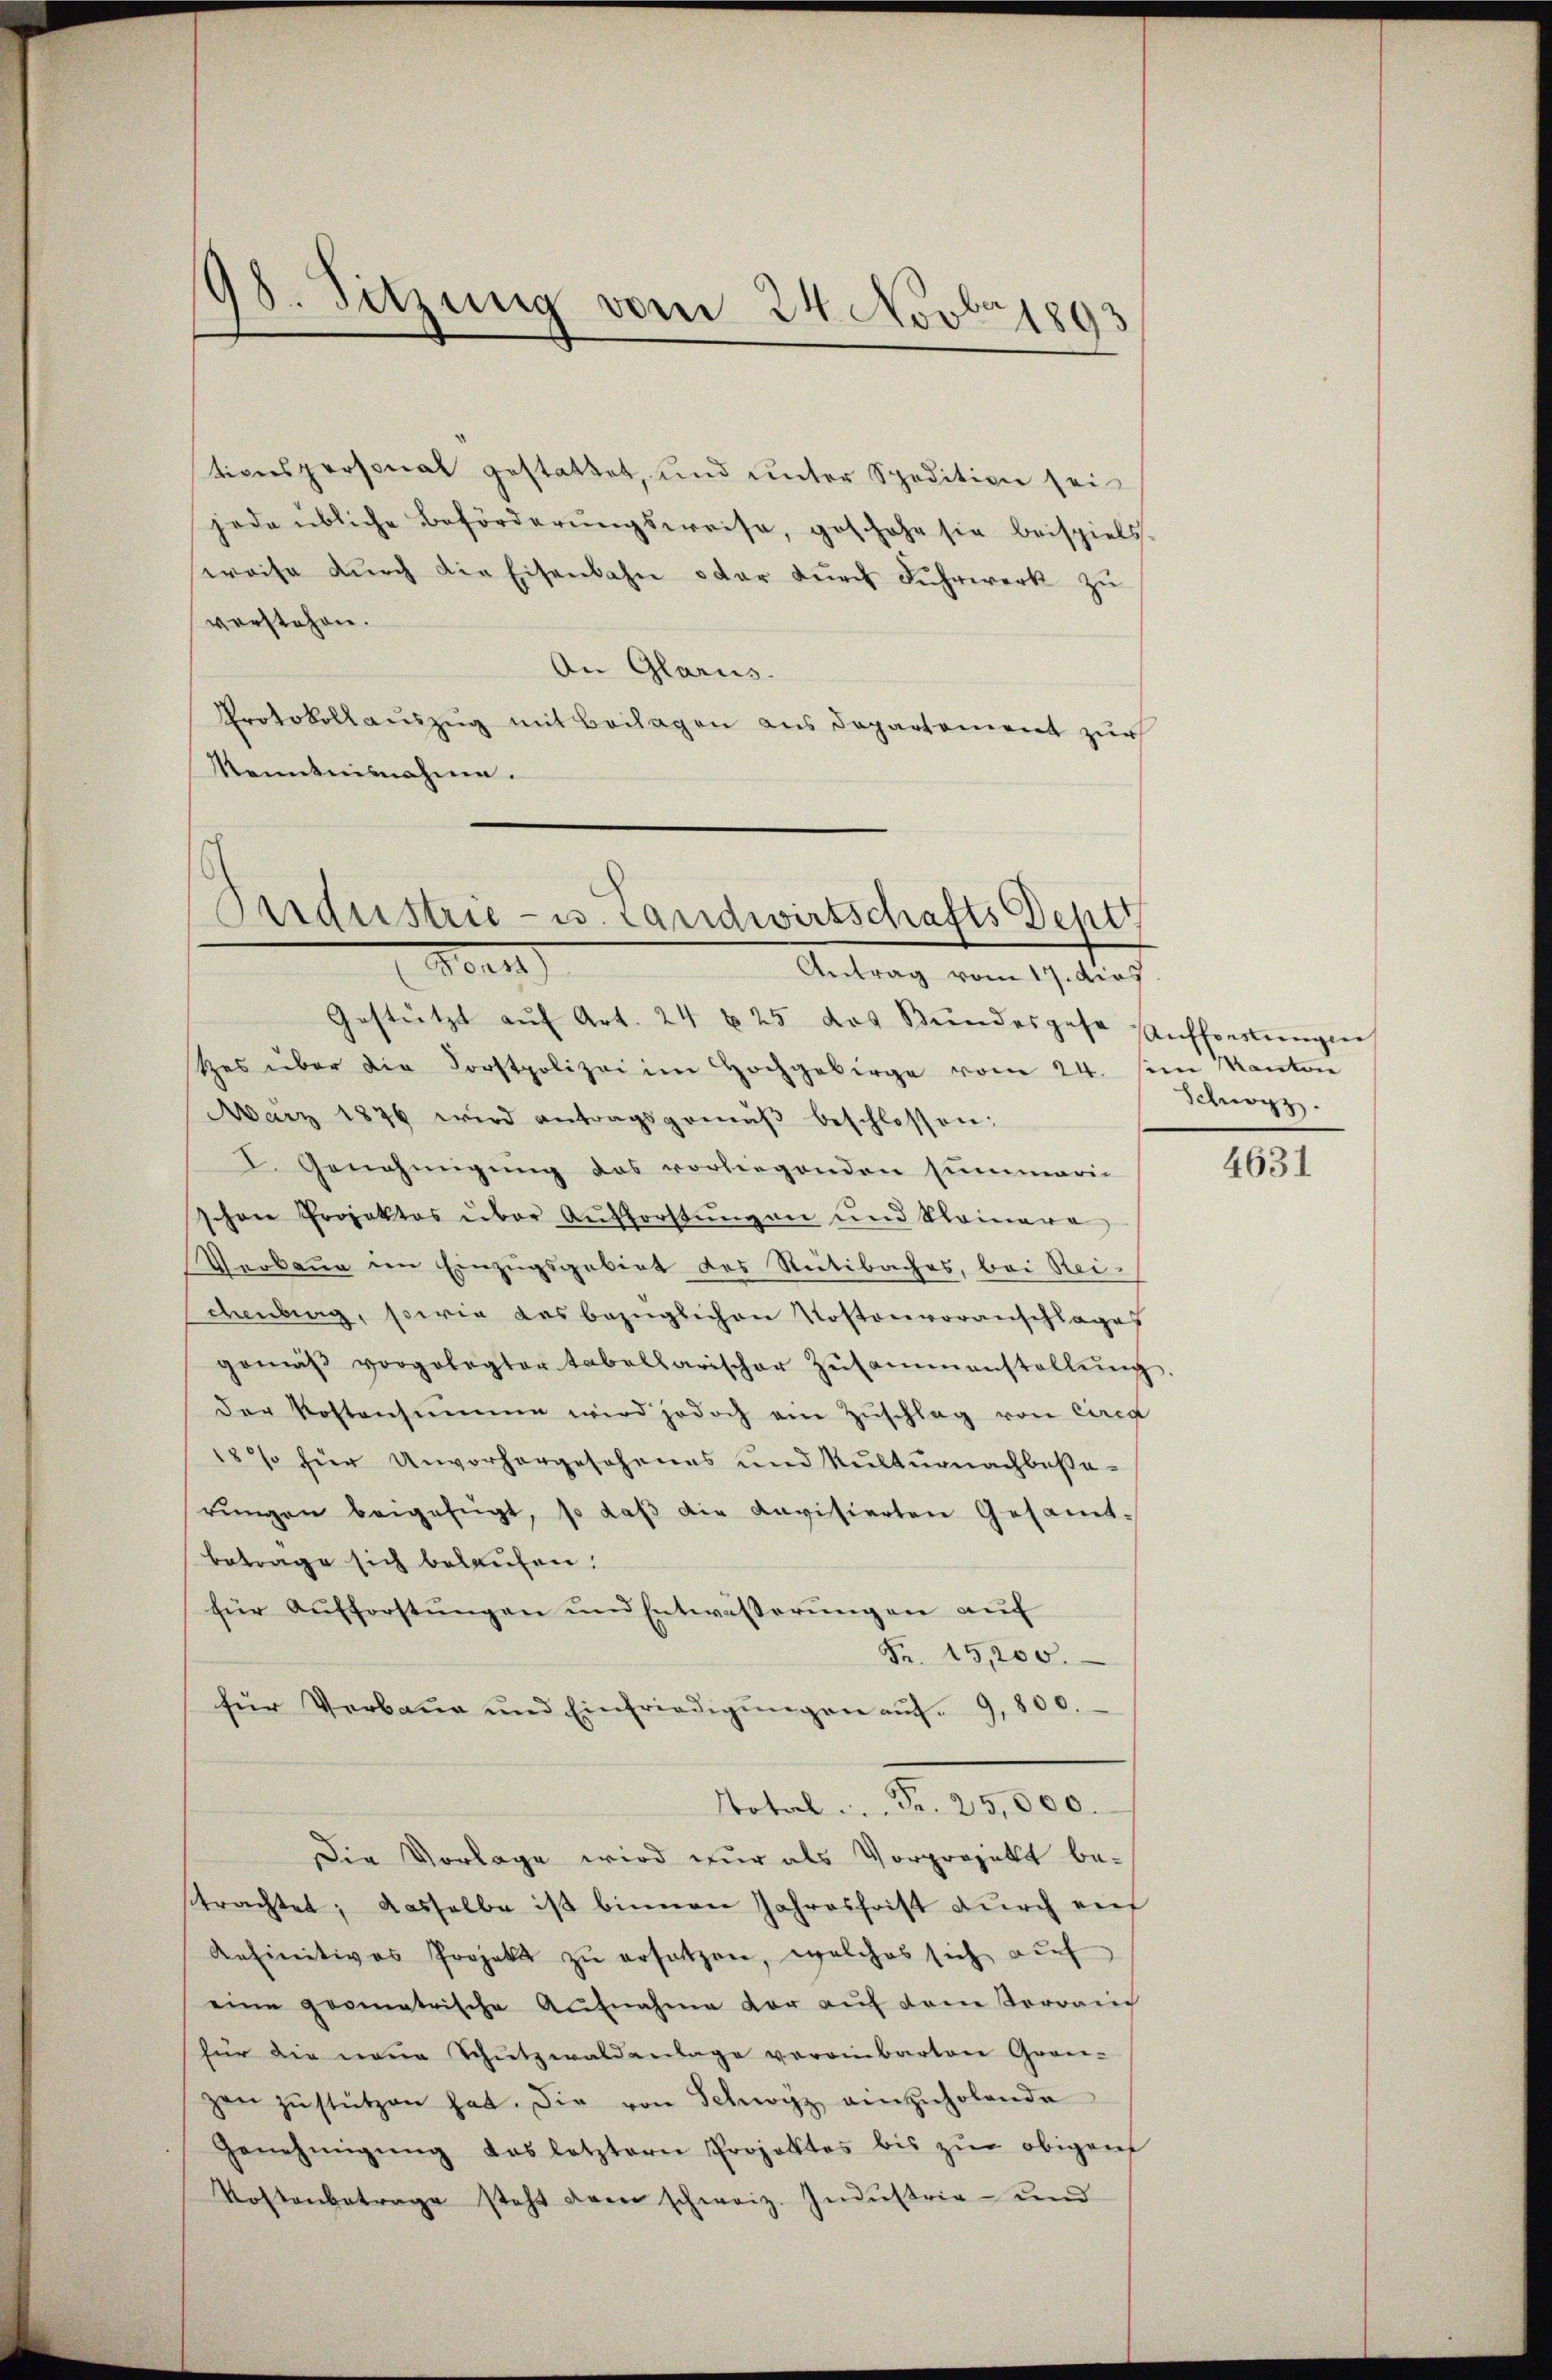
98. Sitzung vom 24. Novbr 1893

tionspersonat gestattet, und unter Spedition sei
jede übliche Beförderŭngsweise, geschahe sie beispiels.
weise dŭrch die Eisenbahn oder dŭrch Fŭhrwerk zŭ
verstehen.
An Glarus. |
Protokollauszug mit Beilagen aus Departement zur
Kenntnisnahme.

Sendustrie- u. Landwirtschafts Deptt
Hert
Antrag vom 17. dies

Gestützt aŭf Art. 24 u 25 das Bundesgese Aufforstungen
tes über die Forstpolizei im Hochgebirge vom 24. im Kanton
März 1876 wird antragsgemäβ beschlossen:
I. Genehmigung des vorliegenden summarin
schon Projektes über Aufforstungen und kleinere
Gerbaue im Einzugsgebiet des Rütibaches, bei Rei-
denberg, sowie das bezüglichen Kostenvoranschlages
gemäβ vorgelegter tabellarischer Zusammenstallŭng.
der Kostensumme wird jedoch ein Zŭschlag von circa
18% für Unvorhergesehenes und Kulturnachbaßa-
rŭngen beigefügt, so daβ die Aavisierten Gesamt-
betrage sich belaufen.
für Aufforstŭngen und Entwässerŭngen auf
Fr. 15,200.
für Verbaue und Einfriedigŭngen aŭf. 9,800.
Total . . . Fr. 25,000.
Die Vorlage wird nur als Vorprojekt besttrachtet; dasselbe ist binnen Jahresfrist dŭrch ei
Refinitives Projekt zŭ ersetzen, welches sich aŭf
eine geometrische Aŭfnahme der aŭf dem Verrain
für die neue Schŭtzwaldanlage vereinbarten Grei-
zen zŭstützen hat. Die von Schwyz einzŭholende
Genehmigŭng das letztern Projektes bis zŭr obigen
Kostenbetrage steht dann schweiz. Indŭstrie- und

Schwyz.

4631